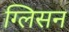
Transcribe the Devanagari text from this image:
ग्लिसन